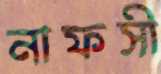
নাফসী